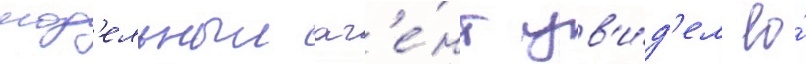
мод'ельныи аг'е́нт ув'и́д'ел ео́